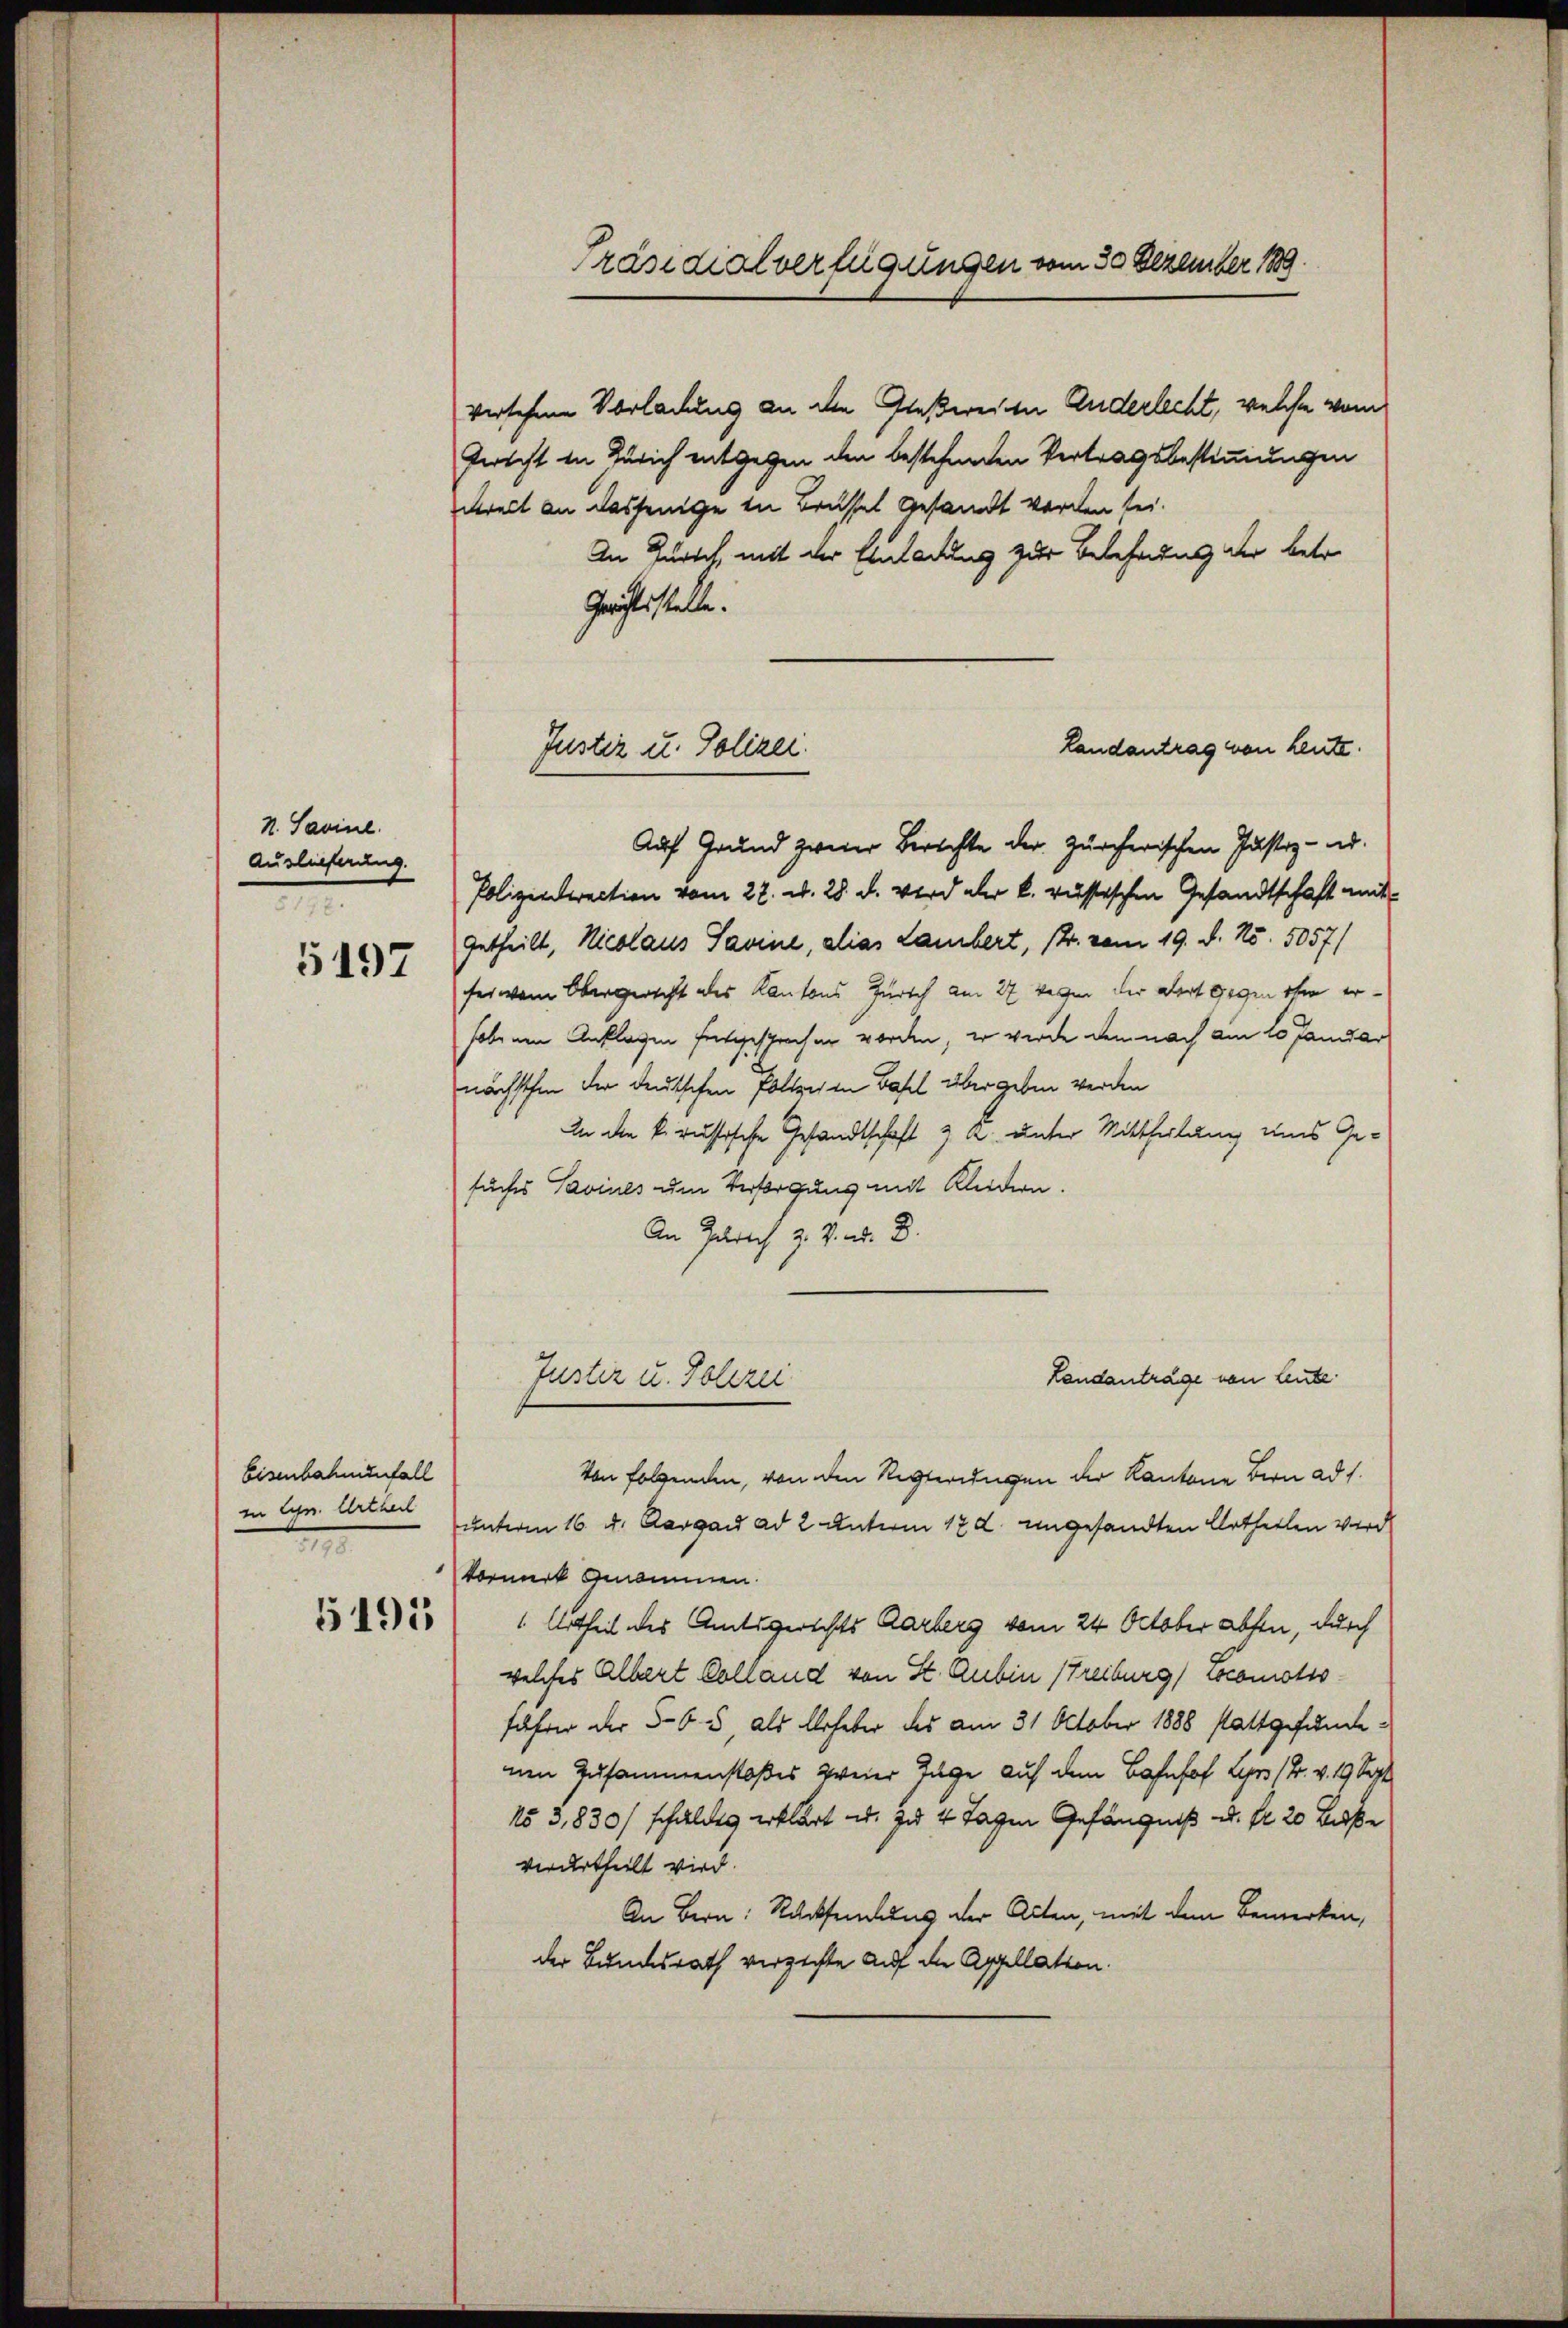
N. Savinl.
Auslieferung.
e
5197

Eisenbahnenfall
in Ger. Urtheil
e

5195

versehene Vorladung an die Glaßweise Anderlecht, welche vom
Pericht in Zürich entgegen den bestehenden Vertragsbestimmungen
erell an dasjenige in Brüssel gesandt worden sei.
An Zürich, mit der Einladung zur Belehnung der betr.
Gerichtsstelle.
Auf Grund zweier Berichte der zürcherischen Justiz- u.
Polizeidirection vom 22. d. 28. d. wird aber k. russischen Gesandtschaft mitgetheilt, Nicolaus Savine, alias Lambert, 14. vom 19. d. No. 5057/
fer wann Obergericht des Kantons Zürich am 27 wegen der Wort gegen ihm erhobenen Anklagen fortgesprochen worden, er werde dem nach am 10 Januar
nächsthin der deutschen Poltenen Basel über geben werden
In die k. russische Gesandtschaft 2 a unter Mittheilung uns Gesuches Savines um Versorgung mit Kleidern.
An Zürich z. v. M. D.
Landanträge von Leute
Justiz u. Tolerei
Von folgenden, von den Regierungen der Kantone Bern ad 1.
unterm 16. u. Aargard ad 2 Unterm 17. ungesandten Urtheilen wird
Vormerk genommen.
1 Urtheil des Amtsgerichts Aarberg vom 24. October absen, durch
welches Albert Colland von St. Aubin (Freiburg) Cocomotio
fahrer der 565, als Urheber des am 31. October 1888 stattgefundenen Zusammenstoßes zweier Juge auf dem Bahnhof Lyrs (T. v. 19 Sept
N5 3,830/ schulden erklärt u. zu 4 Tagen Gefängniß u. fr. 20 Baße
verurtheilt wird.
An Bern. Rücksendung der Acten, mit dem Bemerken,
der Bundesrath verzichte auf die Appellation.

Präsidialverfügungen vom 30 Dezember 1889.

Justiz u. Polizei.

Landantrag von Leute.